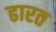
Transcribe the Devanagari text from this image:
ढारत